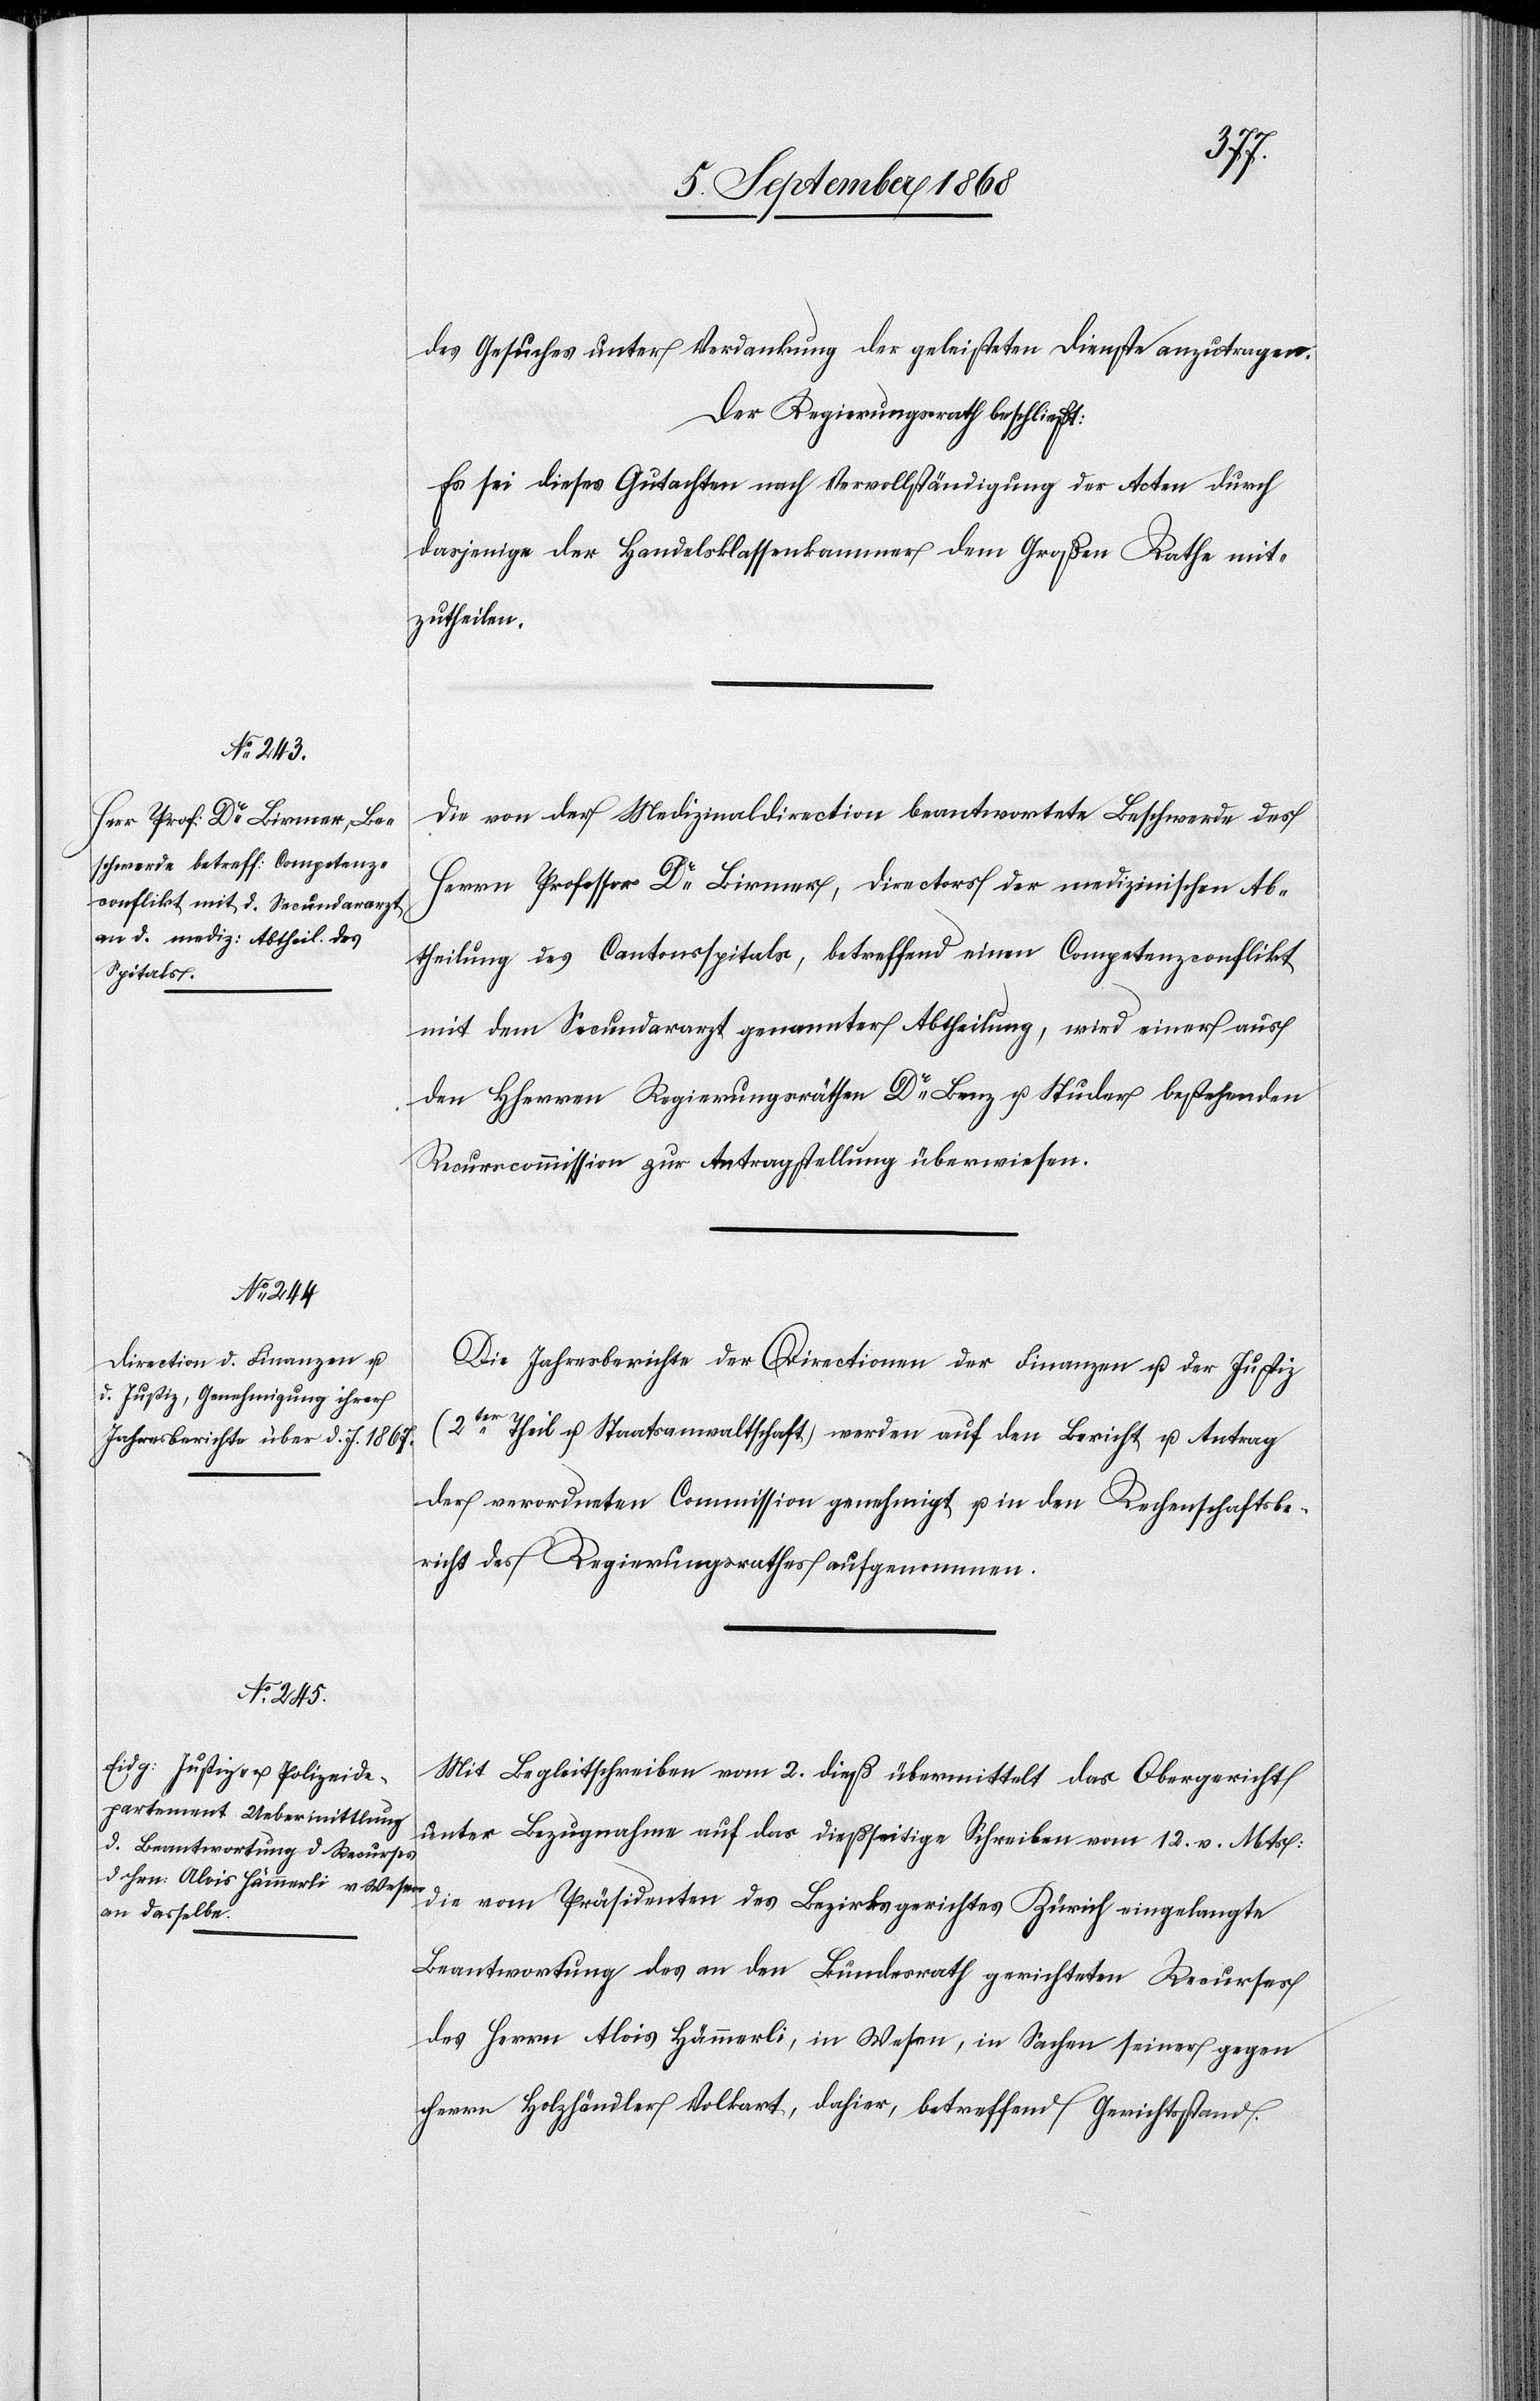
des Gesuches unter Verdankung der geleisteten Dienste anzutragen.
Der Regierungsrath beschließt:
Es sei dieses Gutachten nach Vervollständigung der Acten durch
dasjenige der Handelsklassenkammer dem Großen Rathe mit¬
zutheilen.
Die von der Medizinaldirection beantwortete Beschwerde des
Herrn Professor Dr Birmer, Directors der medizinischen Ab¬
theilung des Cantonsspitals, betreffend einen Competenzconflikt
mit dem Secundararzt genannter Abtheilung, wird einer aus
den Hherren Regierungsräthen Dr Benz u. Studer bestehenden
Recurscommission zur Antragstellung überwiesen.
Die Jahresberichte der Directionen der Finanzen u. der Justiz
(2ter Theil u. Staatsanwaltschaft) werden auf den Bericht u. Antrag
der verordneten Commission genehmigt u. in den Rechenschaftsbe¬
richt des Regierungsrathes aufgenommen.
Mit Begleitschreiben vom 2. dieß übermittelt das Obergericht
unter Bezugnahme auf das dießseitige Schreiben vom 12. v. Mts:
die vom Präsidenten des Bezirksgerichtes Zürich eingelangte
Beantwortung des an den Bundesrath gerichteten Recurses
des Herrn Alois Hämmerli, in Wesen, in Sachen seiner gegen
Herrn Holzhändler Volkart, dahier, betreffend Gerichtsstand.